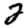
Digit: 2